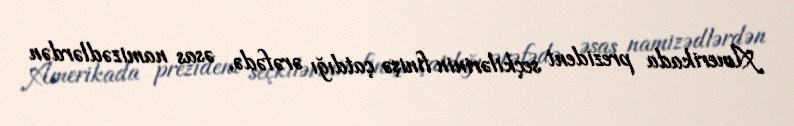
Amerikada prezident seçkilərinin finişə çatdığı ərəfədə, əsas namizədlərdən